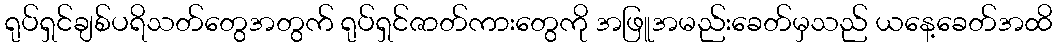
ရုပ်ရှင်ချစ်ပရိသတ်တွေအတွက် ရုပ်ရှင်ဇာတ်ကားတွေကို အဖြူအမည်းခေတ်မှသည် ယနေ့ခေတ်အထိ